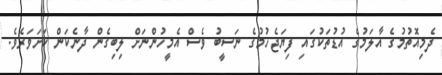
ދެމިއޮތުމުގެ އާލަމުގެ އުޑުތަކުގައި ފިޔަޖެހުމުގެ ނަސީބު ވެސް އެމީހުންނަށް ލިބިގެން ދާނެކަން ކަށަވަރެވެ.